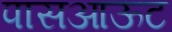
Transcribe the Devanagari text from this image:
पासआऊट